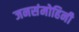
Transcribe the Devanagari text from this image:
जनसंमोहिनी